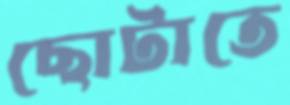
ছোটাতে